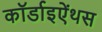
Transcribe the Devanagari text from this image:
कॉर्डाइऐंथस